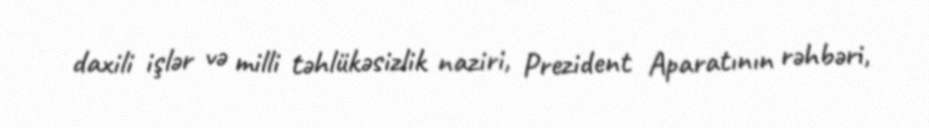
daxili işlər və milli təhlükəsizlik naziri, Prezident Aparatının rəhbəri,